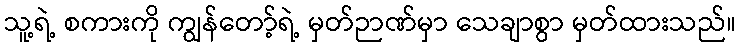
သူ့ရဲ့ စကားကို ကျွန်တော့်ရဲ့ မှတ်ဉာဏ်မှာ သေချာစွာ မှတ်ထားသည်။